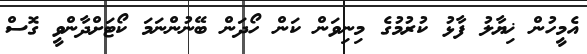
އެމީހުން ޚިޔާލު ފާޅު ކުރުމުގެ މިނިވަން ކަން ހޯދަން ބޭނުންނަމަ ކޯޓަށްދާންވީ ގޮސް